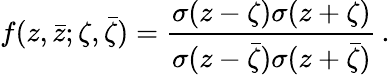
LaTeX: f(z,\bar{z};\zeta,\bar{\zeta})={\frac{\sigma({z-\zeta})\sigma({z+\zeta})}{\sigma({z-\bar{\zeta}})\sigma({z+\bar{\zeta}})}}\, .